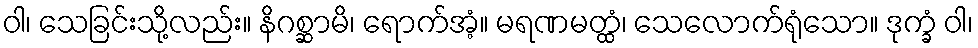
ဝါ၊ သေခြင်းသို့လည်း။ နိဂစ္ဆာမိ၊ ရောက်အံ့။ မရဏမတ္ထံ၊ သေလောက်ရုံသော။ ဒုက္ခံ ဝါ၊